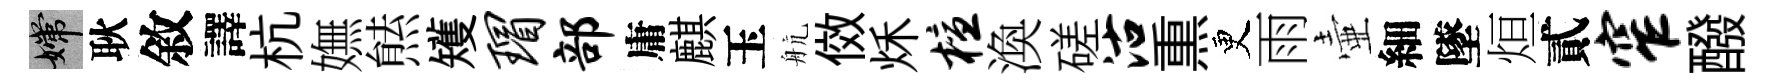
嫦耿敘譯杭嫵㷱矱瑁部庸麒玉航傚秌檀渙磋沽𤋱更雨壷細墜烜貳窄醱